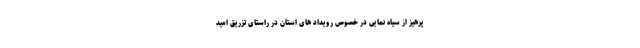
پرهیز از سیاه نمایی در خصوص رویداد های استان در راستای تزریق امید